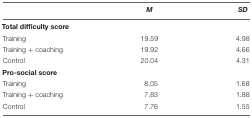
<table><thead><tr><td></td><td><b><i>M</i></b></td><td><b><i>SD</i></b></td></tr></thead><tbody><tr><td colspan="3"><b>Total difficulty score</b></td></tr><tr><td>Training</td><td>19.59</td><td>4.98</td></tr><tr><td>Training + coaching</td><td>19.92</td><td>4.66</td></tr><tr><td>Control</td><td>20.04</td><td>4.31</td></tr><tr><td colspan="3"><b>Pro-social score</b></td></tr><tr><td>Training</td><td>8.05</td><td>1.68</td></tr><tr><td>Training + coaching</td><td>7.83</td><td>1.88</td></tr><tr><td>Control</td><td>7.76</td><td>1.55</td></tr></tbody></table>